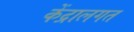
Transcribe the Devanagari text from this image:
केंद्रालगत